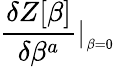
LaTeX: {\frac{\delta Z[\beta]}{\delta\beta^{a}}}\vert_{_{\beta=0}}\,